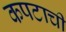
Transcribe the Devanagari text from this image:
कपटाची